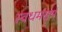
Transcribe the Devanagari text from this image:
स्वधर्मसूर्य